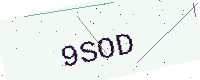
Text: 9SOD